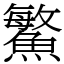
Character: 鰵